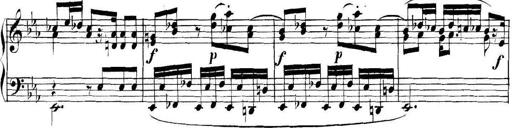
Title: Collected Piano Sonatas
Composer: Muzio Clementi